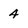
Character: 4